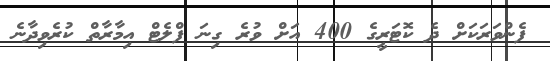
ފެންވަރަކަށް ދެ ކޮޓަރީގެ 400 އަށް ވުރެ ގިނަ ފްލެޓް އިމާރާތް ކުރެވިދާނެ